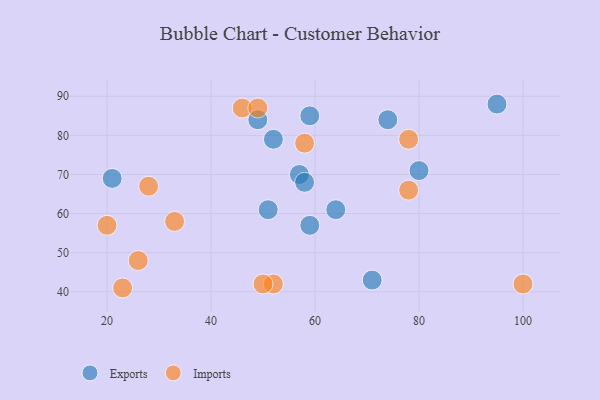
{"axis": {"x": "GDP", "y": "Life Expectancy"}, "legend": ["Exports", "Imports"], "data": [{"x": "95", "y": 88, "type": "Exports"}, {"x": "52", "y": 79, "type": "Exports"}, {"x": "80", "y": 71, "type": "Exports"}, {"x": "57", "y": 70, "type": "Exports"}, {"x": "59", "y": 57, "type": "Exports"}, {"x": "71", "y": 43, "type": "Exports"}, {"x": "21", "y": 69, "type": "Exports"}, {"x": "58", "y": 68, "type": "Exports"}, {"x": "51", "y": 61, "type": "Exports"}, {"x": "64", "y": 61, "type": "Exports"}, {"x": "49", "y": 84, "type": "Exports"}, {"x": "59", "y": 85, "type": "Exports"}, {"x": "74", "y": 84, "type": "Exports"}, {"x": "100", "y": 42, "type": "Imports"}, {"x": "52", "y": 42, "type": "Imports"}, {"x": "28", "y": 67, "type": "Imports"}, {"x": "46", "y": 87, "type": "Imports"}, {"x": "49", "y": 87, "type": "Imports"}, {"x": "78", "y": 79, "type": "Imports"}, {"x": "50", "y": 42, "type": "Imports"}, {"x": "33", "y": 58, "type": "Imports"}, {"x": "26", "y": 48, "type": "Imports"}, {"x": "20", "y": 57, "type": "Imports"}, {"x": "23", "y": 41, "type": "Imports"}, {"x": "58", "y": 78, "type": "Imports"}, {"x": "78", "y": 66, "type": "Imports"}]}